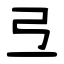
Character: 弖